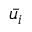
\bar { u _ { i } }